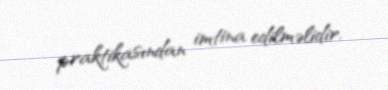
praktikasından imtina edilməlidir.